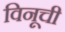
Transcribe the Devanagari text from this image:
विनूची